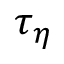
\tau _ { \eta }